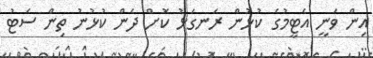
އިން ވަނީ އެޓީމުގެ ކުޅުން ރަނގަޅު ކޮށް ދެން ކުޅުނު ތިން ސެޓު